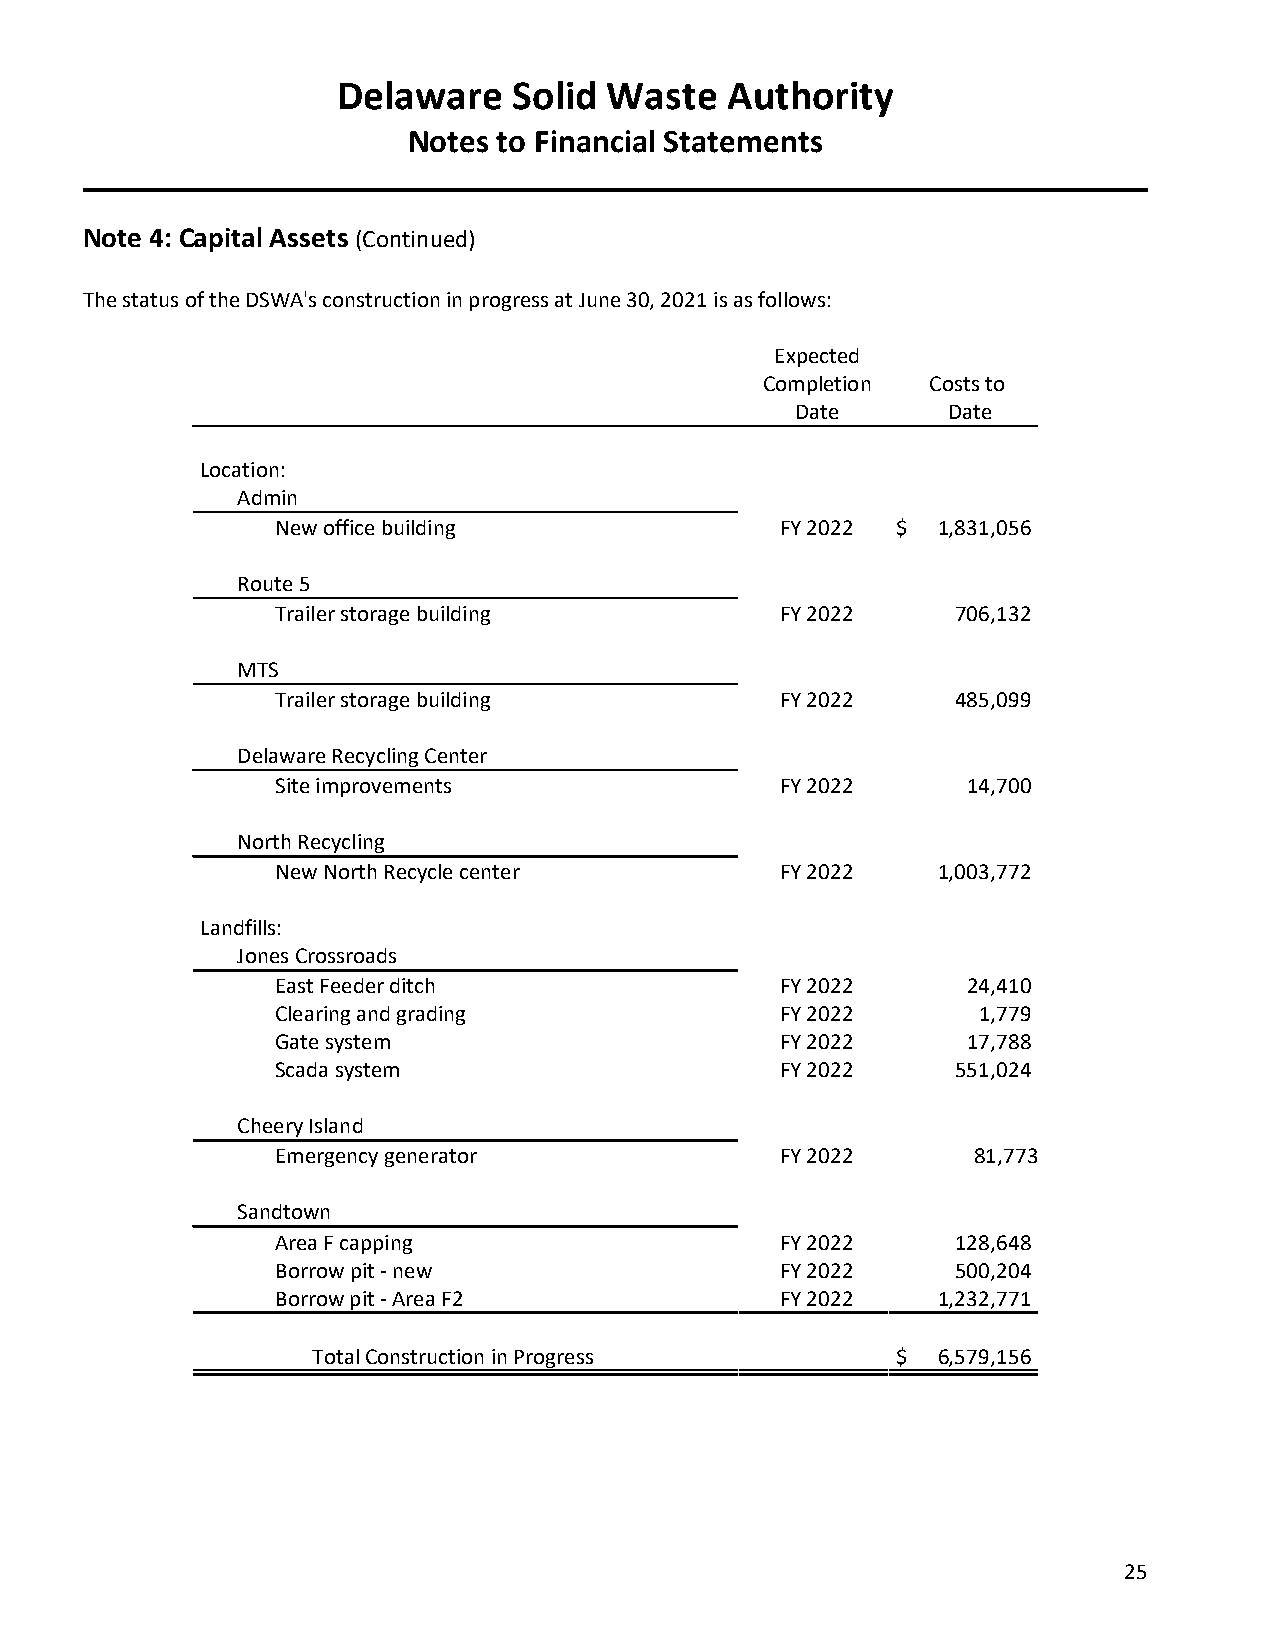
Delaware    Solid Waste   Authority
 Notes to Financial Statements
 Note 4: Capital Assets (Continued)
 The status of the DSWA's construction in progress at June 30, 2021 is as follows:
 Expected
 Completion  Costs to
 Date      Date
 Location:
 Admin
 New office building               FY 2022 $ 1,831,056
 Route 5
 Trailer storage building          FY 2022    706,132
 MTS
 Trailer storage building          FY 2022    485,099
 Delaware Recycling Center
 Site improvements                 FY 2022     14,700
 North Recycling
 New North Recycle center          FY 2022   1,003,772
 Landfills:
 Jones Crossroads
 East Feeder ditch                 FY 2022     24,410
 Clearing and grading              FY 2022      1,779
 Gate system                       FY 2022     17,788
 Scada system                      FY 2022    551,024
 Cheery Island
 Emergency generator               FY 2022      81,773
 Sandtown
 Area F capping                    FY 2022    128,648
 Borrow pit - new                  FY 2022    500,204
 Borrow pit - Area F2              FY 2022   1,232,771
 Total Construction in Progress        $  6,579,156
 25